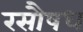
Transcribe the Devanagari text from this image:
रसौषध